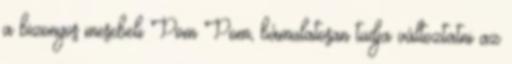
a bizonyos mesebeli Pom Pom, bámulatosan tudja változtatni az